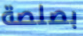
بصلصة